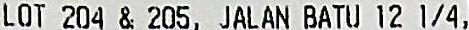
LOT 204 & 205, JALAN BATU 12 1/4,